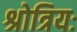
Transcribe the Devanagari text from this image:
श्रोत्रियः